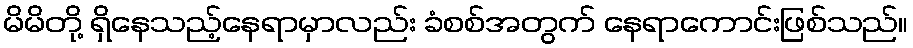
မိမိတို့ ရှိနေသည့်နေရာမှာလည်း ခံစစ်အတွက် နေရာကောင်းဖြစ်သည်။